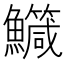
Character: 鱵